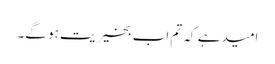
امید ہے کہ تم اب بخیریت ہو گے۔